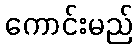
ကောင်းမည်